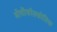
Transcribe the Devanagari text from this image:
ऑर्थोफाॅस्फोरिक